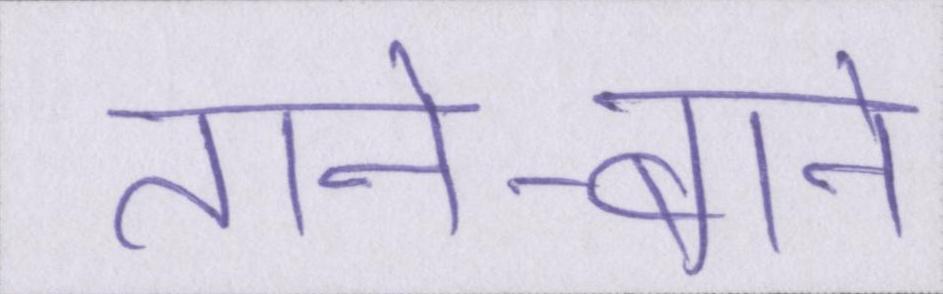
ताने-बाने